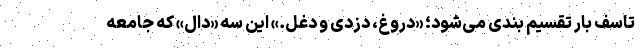
تاسف بار تقسیم بندی می‌شود؛ «دروغ، دزدی و دغل.» این سه «دال» که جامعه